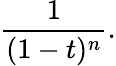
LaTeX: {\frac{1}{(1-t)^{n}}}.